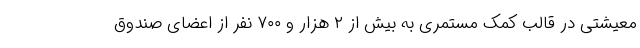
معیشتی در قالب کمک مستمری به بیش از ۲ هزار و ۷۰۰ نفر از اعضای صندوق